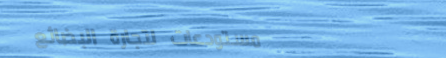
مستودعات لتجارة البضائع